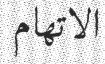
الاتھام